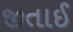
જીતાઈ